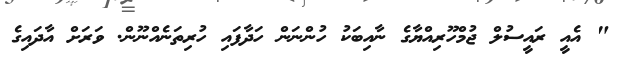
" އެއީ ރައީސުލް ޖުމްހޫރިއްޔާގެ ނާއިބަކު ހުންނަން ހަދާފައި ހުރިތަނެއްނޫން. ވަރަށް އާދައިގެ